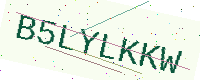
Text: B5LYLKKW